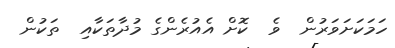
ހަމަކަށަވަރުން  ވެ  ކޮށް އެއުރެންގެ މުދާތަކާއި  ތަކުން